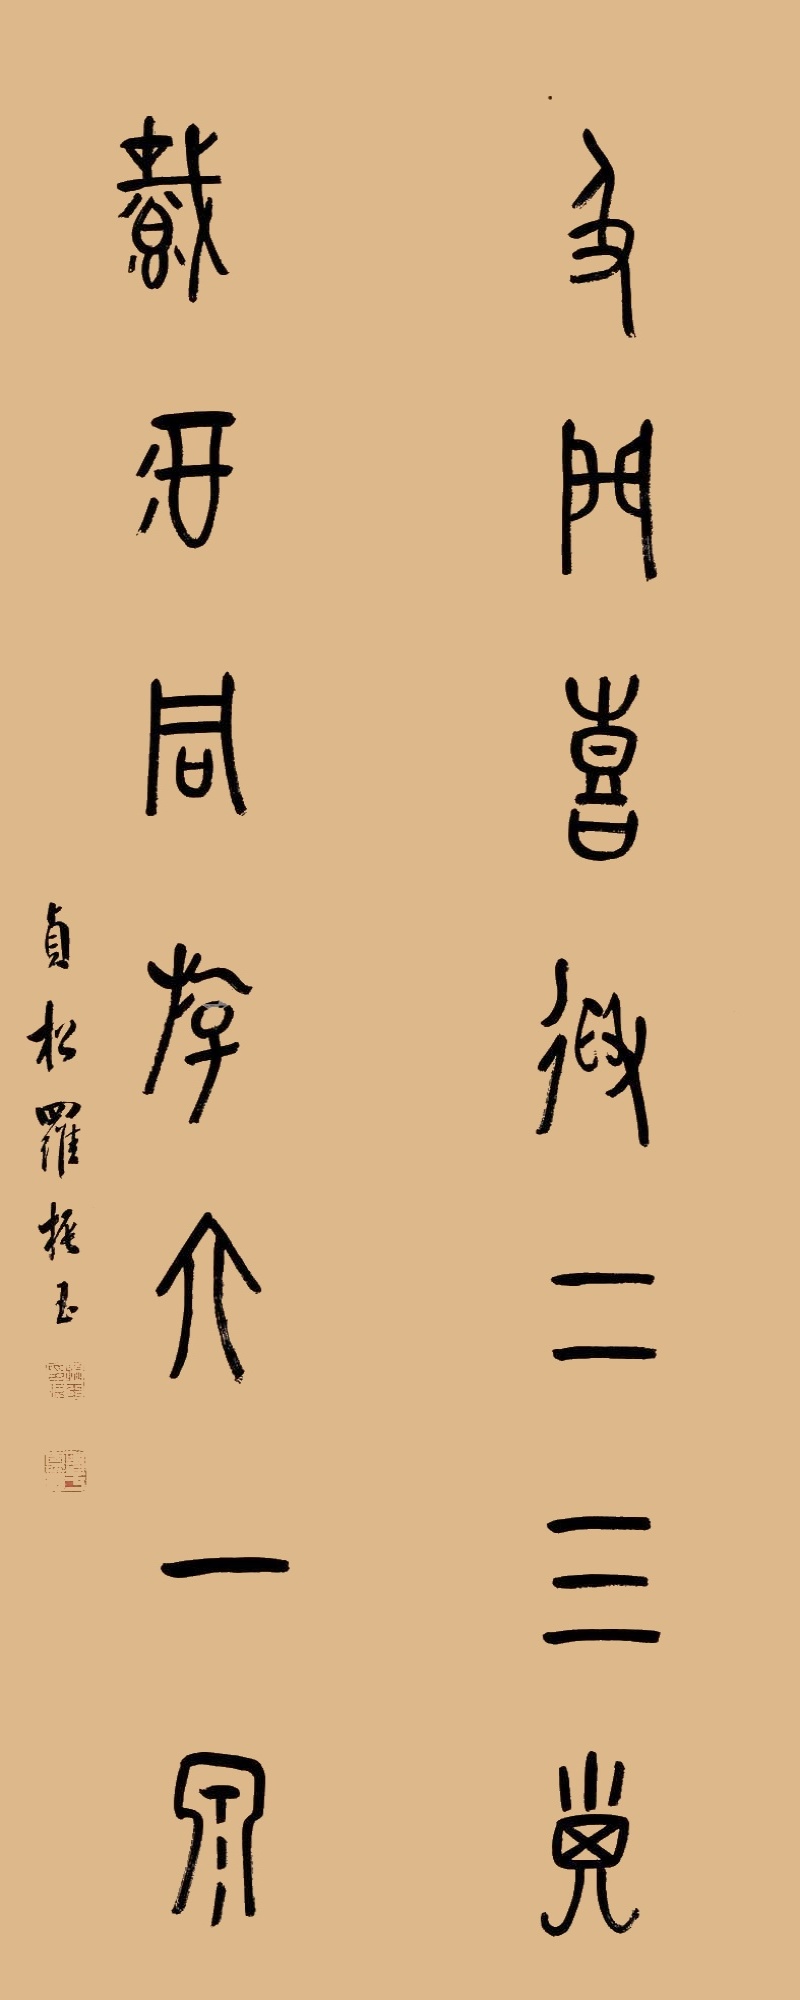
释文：及门喜得二三儿，载酒同游六一泉。贞松罗振玉。